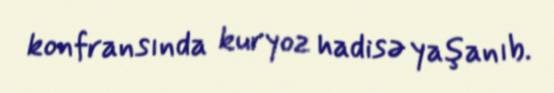
konfransında kuryoz hadisə yaşanıb.